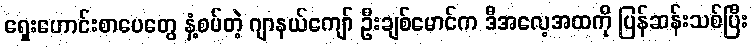
ရှေးဟောင်းစာပေတွေ နှံ့စပ်တဲ့ ဂျာနယ်ကျော် ဦးချစ်မောင်က ဒီအလေ့အထကို ပြန်ဆန်းသစ်ပြီး